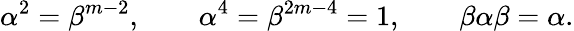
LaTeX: \alpha^{2}=\beta^{m-2},\qquad\alpha^{4}=\beta^{2m-4}=1,\qquad\beta\alpha\beta=\alpha.